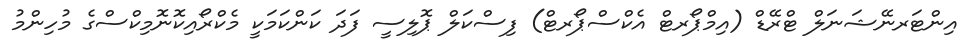
އިންޓަރނޭޝަނަލް ޓްރޭޑް (އިމްޕޯރޓް އެކްސްޕޯރޓް) ފިސްކަލް ޕޮލިސީ ފަދަ ކަންކަމަކީ މެކްރޯއިކޮނޮމިކްސްގެ މުހިންމު